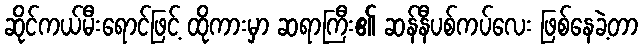
ဆိုင်ကယ်မီးရောင်ဖြင့် ထိုကားမှာ ဆရာကြီး၏ ဆန်နီပစ်ကပ်လေး ဖြစ်နေခဲ့တာ